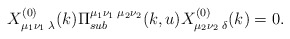
\begin{align*} X^{(0)}_{\mu_1\nu_1\;\lambda}(k)\Pi^{\mu_1\nu_1\;\mu_2\nu_2}_{sub}(k,u) X^{(0)}_{\mu_2\nu_2\;\delta}(k)=0.\end{align*}